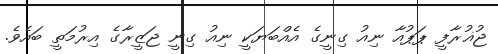
ޖުޣުރާފީ ޕަޕުއާ ނިއު ގިނީގެ އެއްބަޔަކީ ނިއު ގިނީ ޖަޒީރާގެ އިރުމަތީ ބައެވެ.